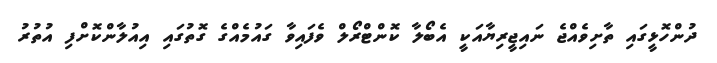
ދުންހޮޅީގައި ތާށިވެއްޖެ ނައިޖީރިޔާއަކީ އެބޯލާ ކޮންޓްރޯލް ވެފައިވާ ގައުމެއްގެ ގޮތުގައި އިއުލާންކޮށްފި އުތުރު